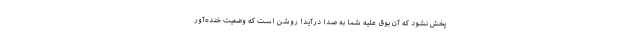
پخش نشود که آن بوق علیه شما به صدا درآید! روشن است که وضعیت خنده‌آور